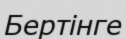
Бертінге